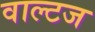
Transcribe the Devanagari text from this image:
वाल्टज